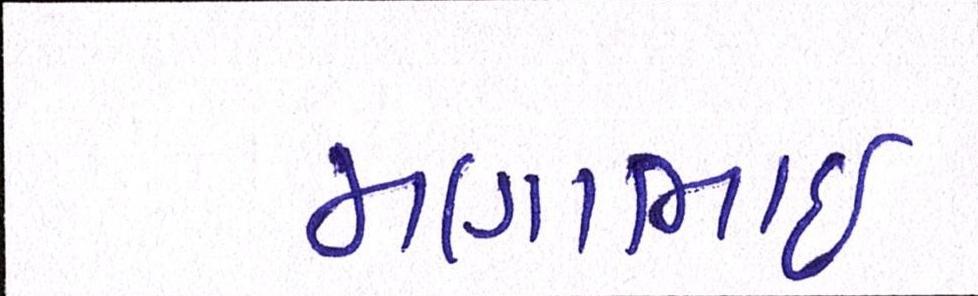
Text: મણાભાઈ